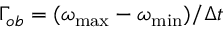
\Gamma _ { o b } = ( \omega _ { \operatorname* { m a x } } - \omega _ { \operatorname* { m i n } } ) / \Delta t